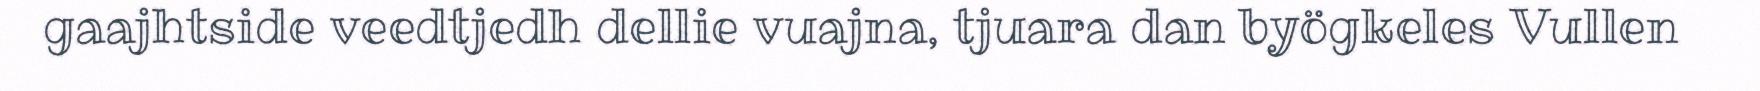
gaajhtside veedtjedh dellie vuajna, tjuara dan byögkeles Vullen